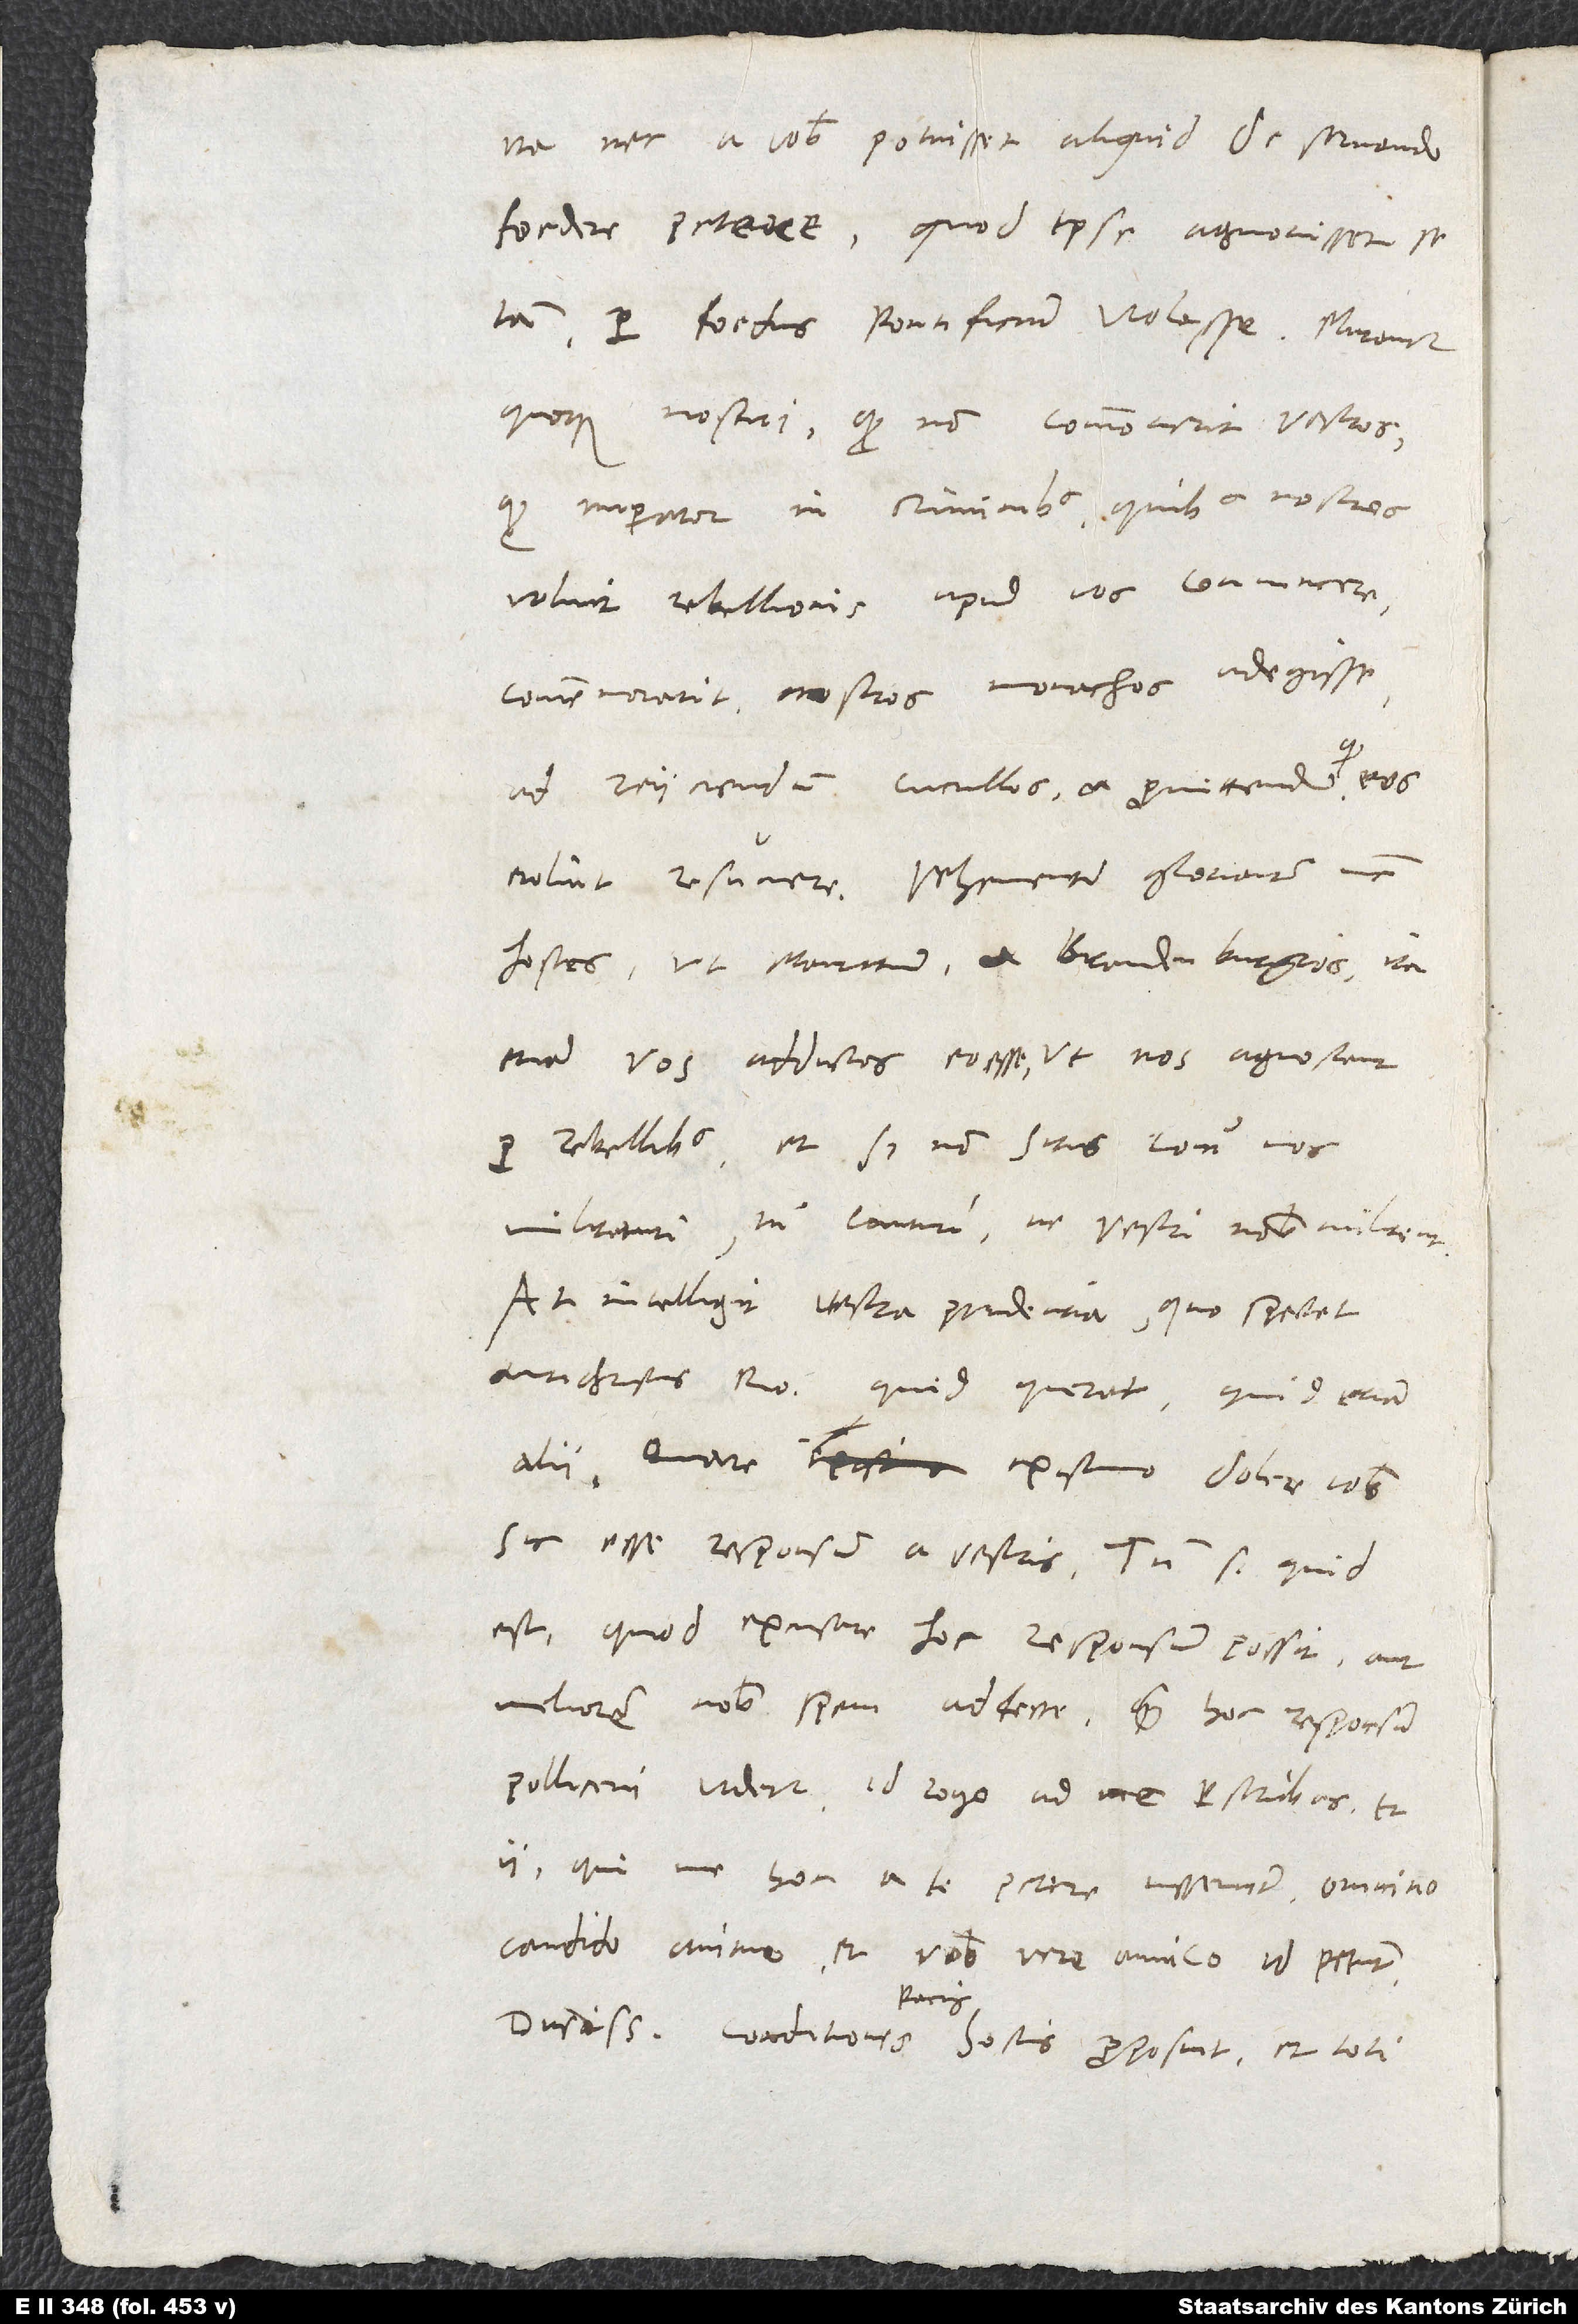
ita nec a vobis potuisset aliquid de servando
foedere petere, quod ipse agnovisset se
iam per foedus pontificium violasse. Mirantur
quoque nostri, quod non commoverit vestros,
quod imperator in criminibus, quibus nostros
voluit rebellionis apud vos convincere,
commemorarit nostros monachos adegisse
ad reiiciendum cucullos et promittendum, quod
hostes ut Mauritium et Brandenburgios ita
etiam vos adductos eo esse, ut nos agnoscant
pro rebellibus et, si non sitis contra nos
militaturi, tamen cauturi, ne vestri nobis militent.
At intelligit vestra prudentia, quo spectet
antichristus Romanus, quid querat, quid etiam
alii. Quare existimo dolere vobis
sic esse responsum a vestris. Tamen si quid
est, quod excusare hoc responsum possit aut
meliorem nobis spem addere, quam hoc responsum
polliceri videtur, id rogo ad me perscribas. Et
ii, qui me hoc a te petere iusserunt, omnino
candido animo et vobis vere amico id petunt.